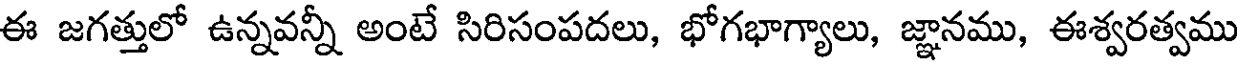
ఈ జగత్తులో ఉన్నవన్నీ అంటే సిరిసంపదలు, భోగభాగ్యాలు, జ్ఞానము, ఈశ్వరత్వము